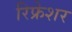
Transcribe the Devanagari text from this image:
रिफ्रेशर